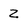
Character: Z